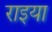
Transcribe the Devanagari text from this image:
राइया